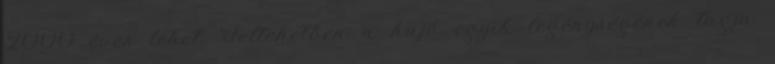
2000 éves lehet. Feltehetően a hajó egyik legénységének tagja